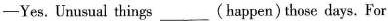
—Yes.Unusual things___(happen)those days. For